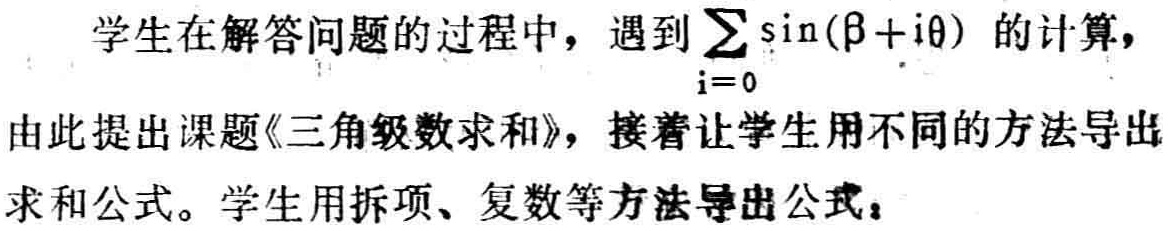
学生在解答问题的过程中，遇到$\sum_{i = 0} \sin(\beta + i\theta)$的计算，由此提出课题《三角级数求和》，接着让学生用不同的方法导出求和公式。学生用拆项、复数等方法导出公式：